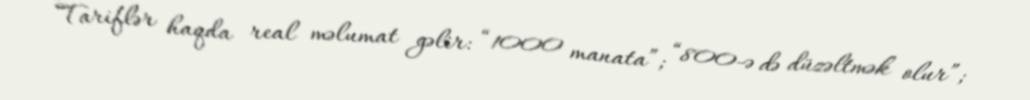
Tariflər haqda real məlumat gəlir: “1000 manata”; “800-ə də düzəltmək olur”;